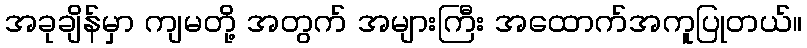
အခုချိန်မှာ ကျမတို့ အတွက် အများကြီး အထောက်အကူပြုတယ်။